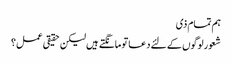
ہم تمام ذی
شعور لوگوں کے لئے دعا تو مانگتے ہیں لیکن حقیقی عمل؟